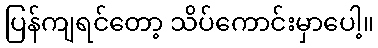
ပြန်ကျရင်တော့ သိပ်ကောင်းမှာပေါ့။